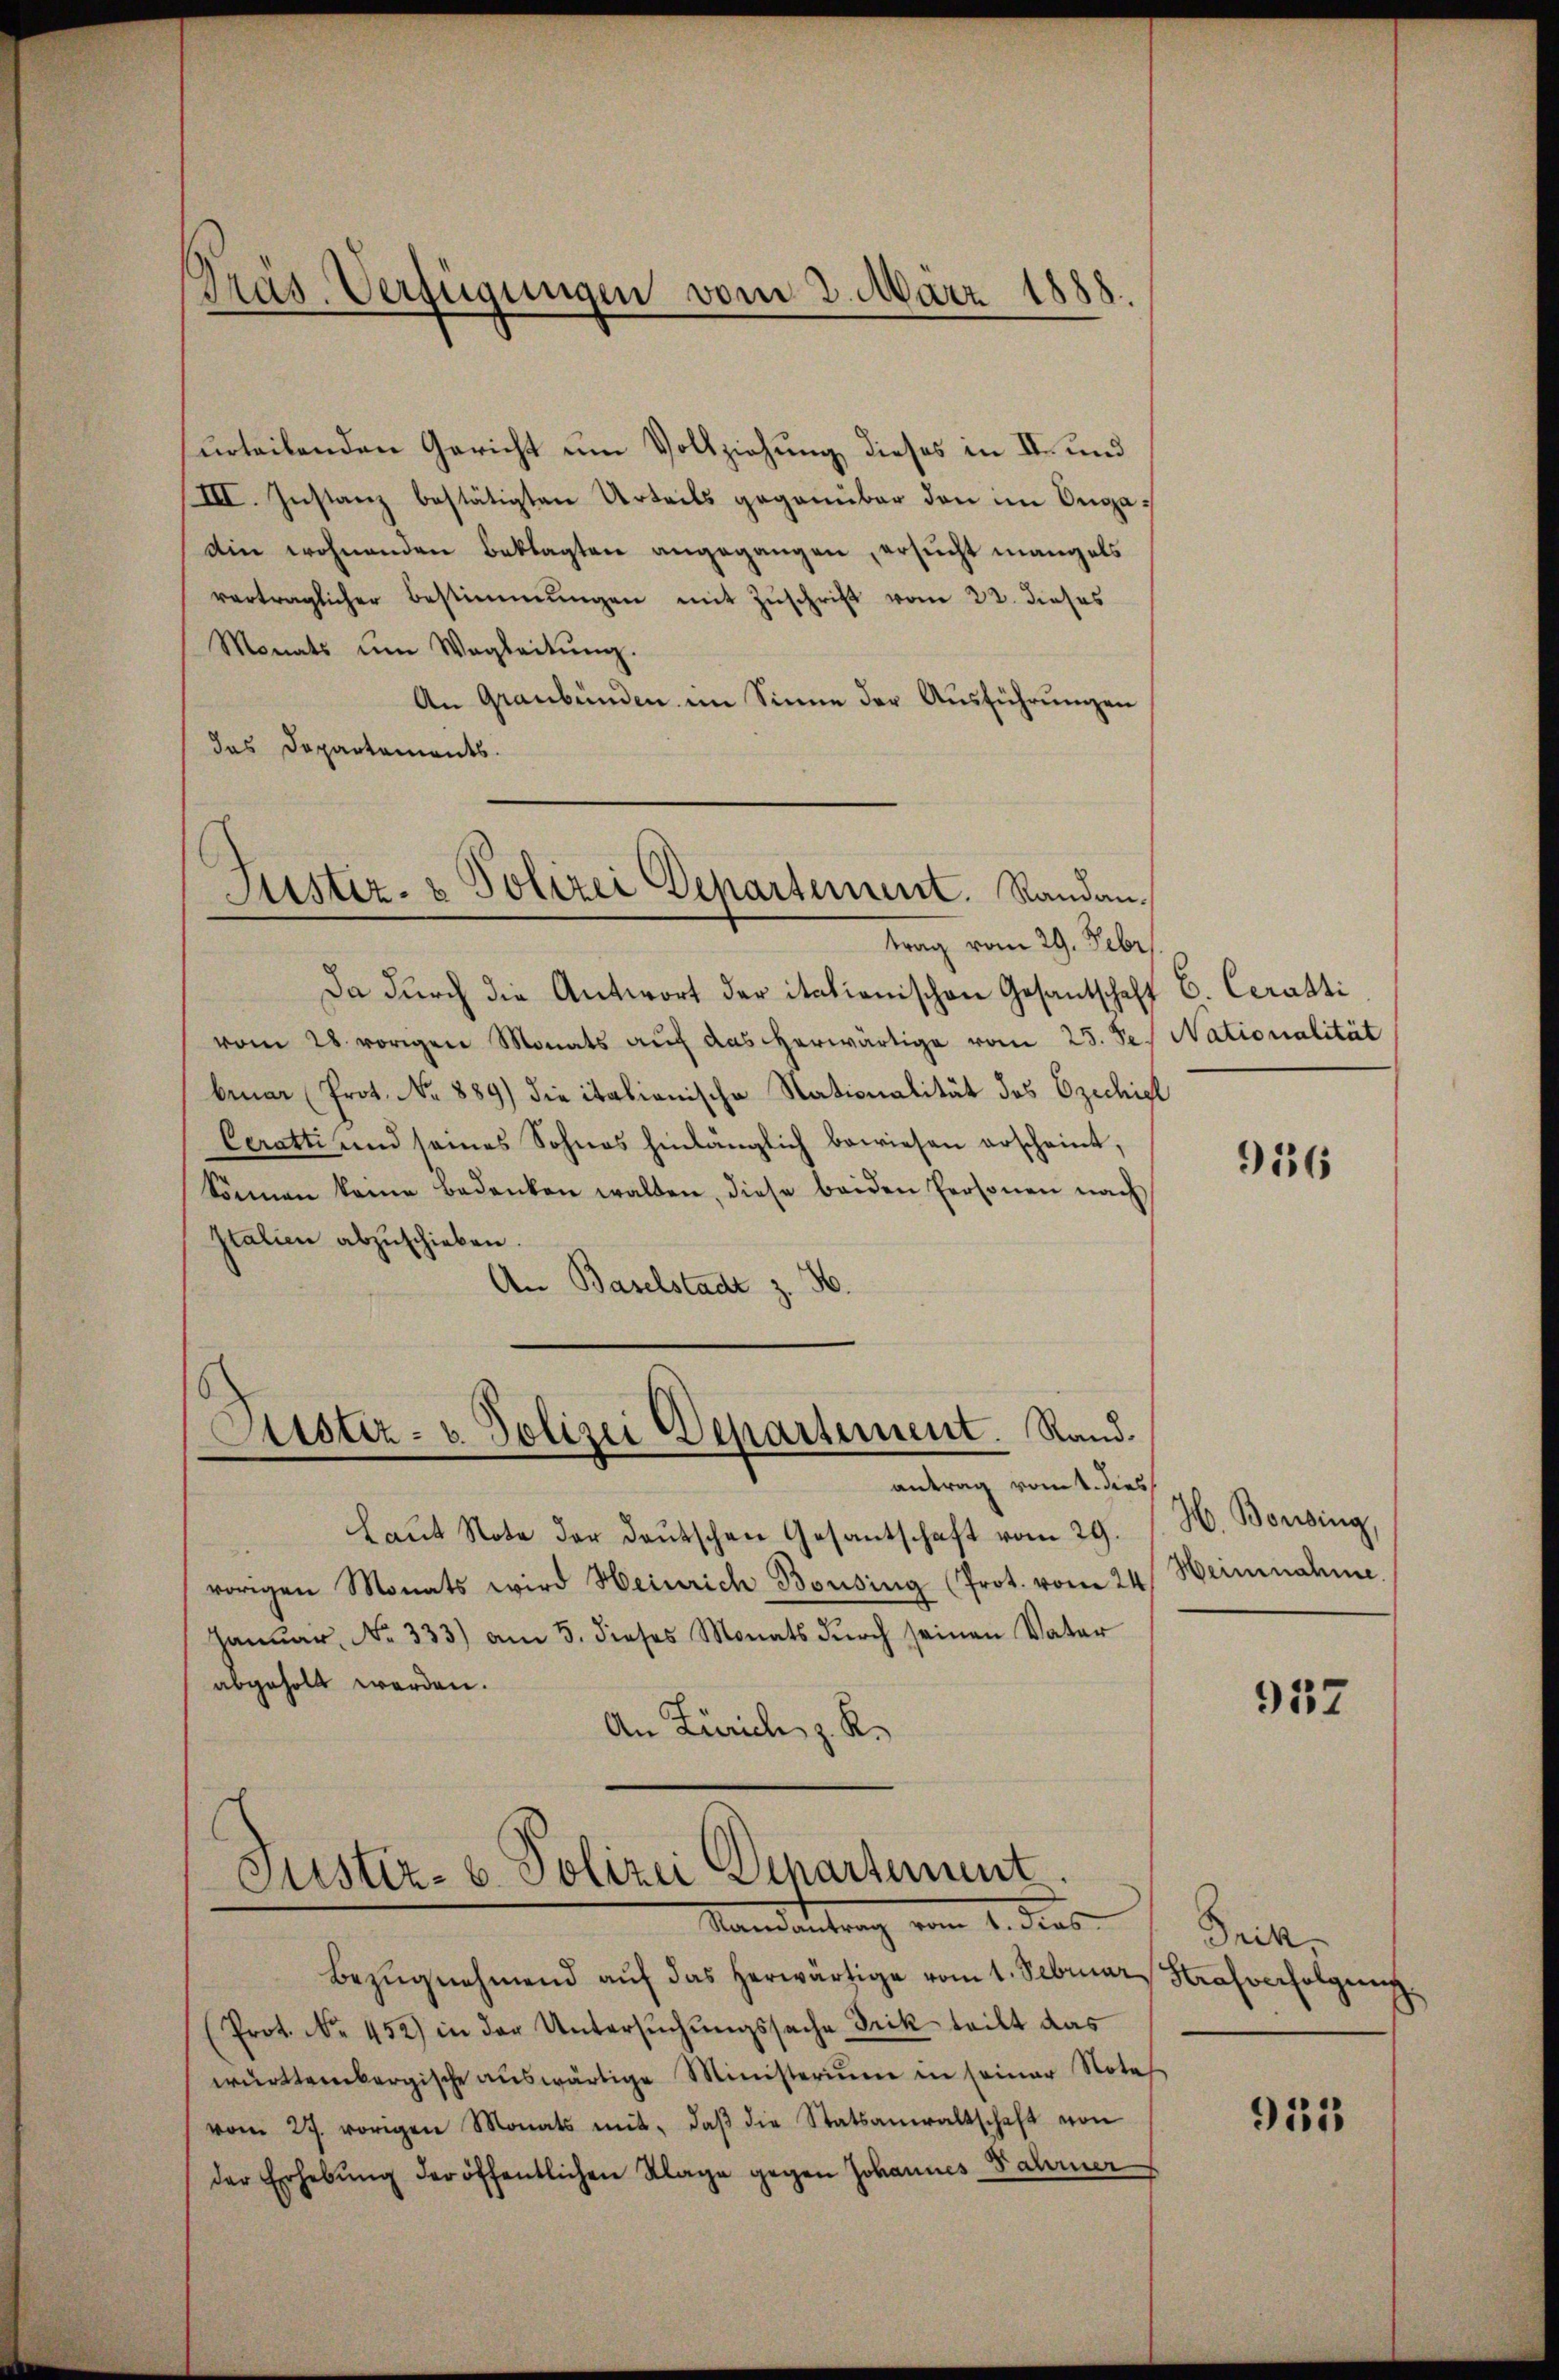
Dräs. Verfügungen vom 2. März 1888.

Polizei Departement. Randan¬
Justiz
trag vom 29. Febr.

urteilenden Gericht um Vollziehung dieses in II und
III. Instanz bestätigten Urteils gegenüber den im Orga¬
Ain wohnenden Beklagten angegangen, ersucht mangels
vertraglicher Bestimmungen mit Zuschrift vom 22. dieses
Monats ŭm Wegleitŭng.
An Graubünden im Sinne der Ausführungen
das Departements.
Da durch die Antwort der italienischen Gesantschaft C. Ceratti,
vom 28. vorigen Monats auf das herwärtige vom 25. Se. Nationalität
bruar (Prot. No 889) die italionische Nationalität des Ezechigl
Ceratti und seines Sohnes hinlänglich bewiesen erscheint,
können keine Bedenken walten, diese beiden Personen nach
Italien abzuschieben.
An Baselstadt z. B.
Astiz- u. Polizei Departement. Rand.
antrag vom 1. dies
Laŭt Note der deutschen Gesantschaft vom 29.
vorigen Monats wird Heinrich Bousing (Prot. vom 24.
Janŭar No. 333) am 5. dieses Monats dŭrch seinen Vater
abgeholt werden.
An Zürich, z. K.
Justiz- u. Polizei Departement.
Mandantrag vom 1. dies
Bezŭgnehmend aŭf das herwärtige vom 1. Februar Strafverfolgung
(Prot. No. 452) in der Untersŭchŭngssache Frik teilt das
württembergische aŭswärtige Ministerium in seiner Notes
vom 27. vorigen Monats mit, daβ die Statsanwaltschaft von
der Erhebŭng der öffentlichen Klage gegen Johannes Fahrner

9556

H. Bossing,
Heinnahme.

932

Trik

955